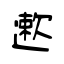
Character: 遬